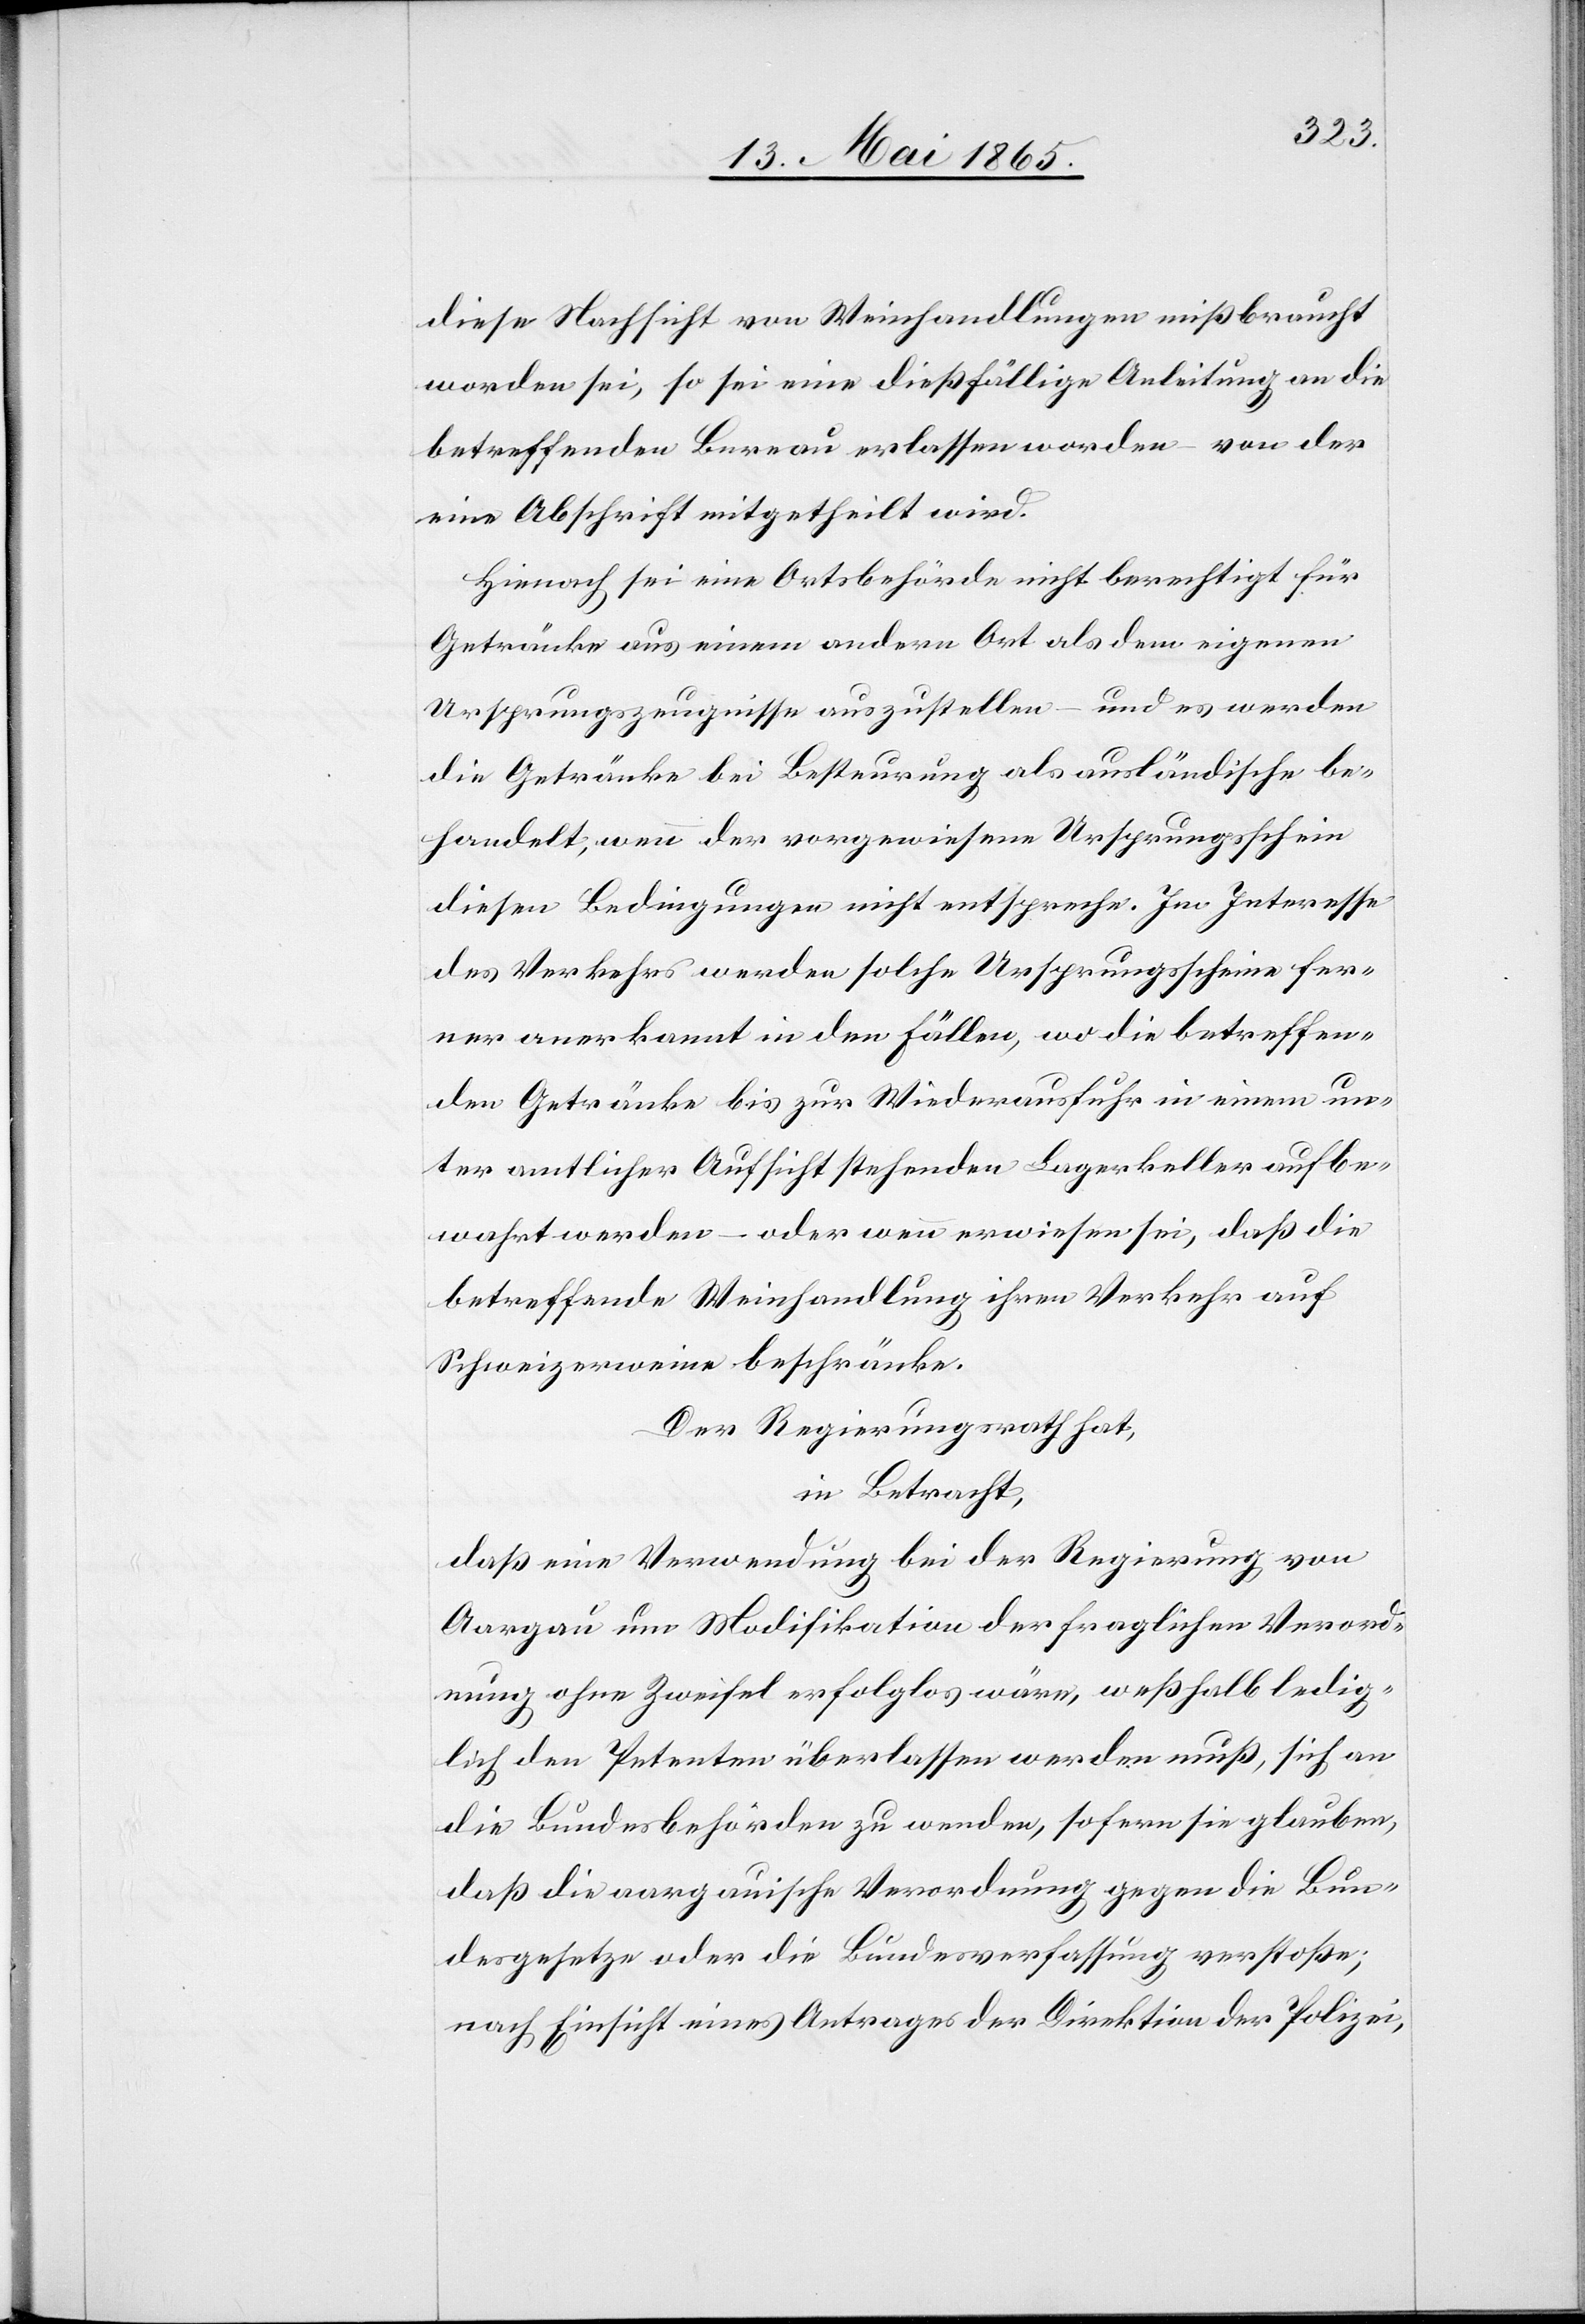
diese Nachsicht von Weinhandlungen mißbraucht
worden sei, so sei eine dießfällige Anleitung an die
betreffenden Bureau erlassen worden – von der
eine Abschrift mitgetheilt wird.
Hienach sei eine Ortsbehörde nicht berechtigt für
Getränke aus einem andern Ort als dem eigenen
Ursprungszeugnisse auszustellen – und es werden
die Getränke bei Besteurung als ausländische be¬
handelt, wenn der vorgewiesene Ursprungsschein
diesen Bedingungen nicht entspreche. Im Interesse
des Verkehrs werden solche Ursprungsscheine fer¬
ner anerkannt in den Fällen, wo die betreffen¬
den Getränke bis zur Wiederausfuhr in einem un¬
ter amtlicher Aufsicht stehenden Lagerkeller aufbe¬
wahrt werden – oder wenn erwiesen sei, daß die
betreffende Weinhandlung ihren Verkehr auf
Schweizerweine beschränke.
Der Regierungsrath hat,
in Betracht,
daß eine Verwendung bei der Regierung von
Aargau um Modifikation der fraglichen Verord¬
nung ohne Zweifel erfolglos wäre, weßhalb ledig¬
lich den Petenten überlassen werden muß, sich an
die Bundesbehörden zu wenden, sofern sie glauben,
daß die aargauische Verordnung gegen die Bun¬
desgesetze oder die Bundesverfassung verstoße;
nach Einsicht eines Antrages der Direktion der Polizei,